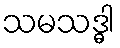
သမသဒ္ဓါ